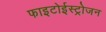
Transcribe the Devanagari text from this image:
फाइटोईस्ट्रोजन